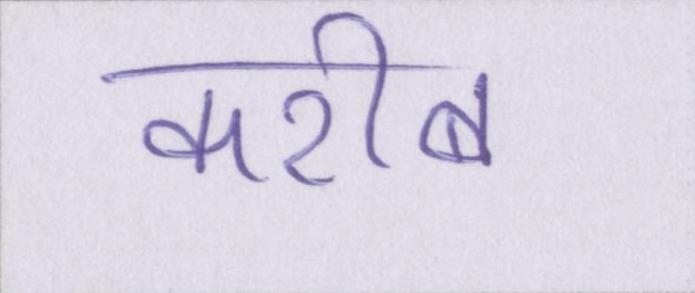
करीब